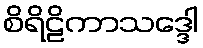
စိရိဠိကာသဒ္ဒေါ